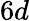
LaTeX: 6d